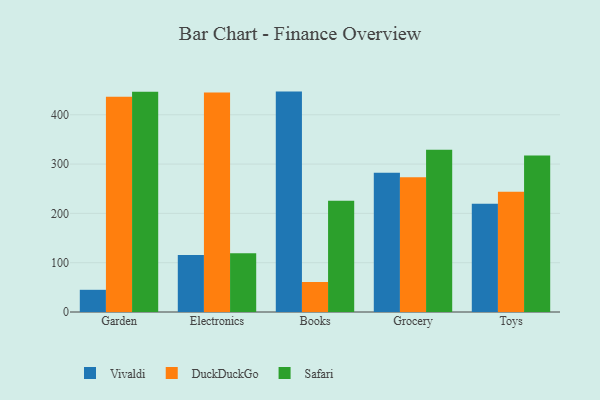
{"axis": {"x": "Category", "y": "Demand Index"}, "legend": ["DuckDuckGo", "Safari", "Vivaldi"], "data": [{"x": "Garden", "y": 45.0, "type": "Vivaldi"}, {"x": "Garden", "y": 436.4, "type": "DuckDuckGo"}, {"x": "Garden", "y": 446.6, "type": "Safari"}, {"x": "Electronics", "y": 115.6, "type": "Vivaldi"}, {"x": "Electronics", "y": 445.4, "type": "DuckDuckGo"}, {"x": "Electronics", "y": 119.0, "type": "Safari"}, {"x": "Books", "y": 447.0, "type": "Vivaldi"}, {"x": "Books", "y": 60.9, "type": "DuckDuckGo"}, {"x": "Books", "y": 225.6, "type": "Safari"}, {"x": "Grocery", "y": 282.3, "type": "Vivaldi"}, {"x": "Grocery", "y": 273.2, "type": "DuckDuckGo"}, {"x": "Grocery", "y": 328.9, "type": "Safari"}, {"x": "Toys", "y": 219.6, "type": "Vivaldi"}, {"x": "Toys", "y": 243.9, "type": "DuckDuckGo"}, {"x": "Toys", "y": 317.6, "type": "Safari"}]}